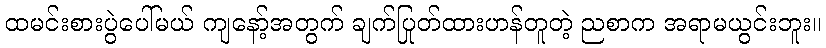
ထမင်းစားပွဲပေါ်မယ် ကျနော့်အတွက် ချက်ပြုတ်ထားဟန်တူတဲ့ ညစာက အရာမယွင်းဘူး။